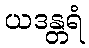
ယဒန္တရံ